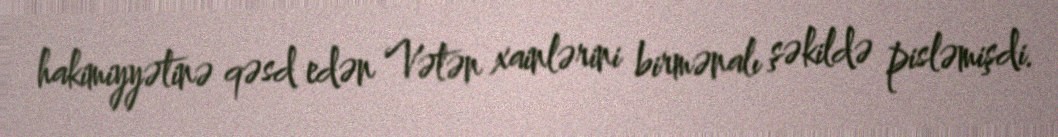
hakimiyyətinə qəsd edən Vətən xainlərini birmənalı şəkildə pisləmişdi.